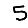
Digit: 5